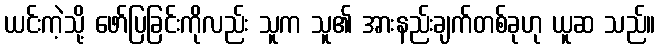
ယင်းကဲ့သို့ ဖော်ပြခြင်းကိုလည်း သူက သူ၏ အားနည်းချက်တစ်ခုဟု ယူဆ သည်။